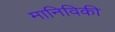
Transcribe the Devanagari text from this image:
मानिविकी